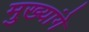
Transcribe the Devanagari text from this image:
मुख्यांगे